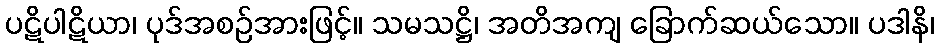
ပဋိပါဋိယာ၊ ပုဒ်အစဉ်အားဖြင့်။ သမသဋ္ဌိ၊ အတိအကျ ခြောက်ဆယ်သော။ ပဒါနိ၊